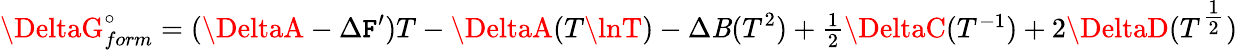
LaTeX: \DeltaG_{form}^{\circ}=(\DeltaA-\Delta\mathtt{F}^{\prime})T-\DeltaA(T\lnT)-\Delta\mathit{B}(T^{2})+\textstyle{\frac{{1}}{{2}}}\DeltaC(T^{-1})+2\DeltaD(T^{\textstyle{\frac{{1}}{{2}}}})